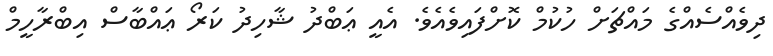
ދިވެއްސެއްގެ މައްޗަށް ހުކުމް ކޮށްފައިވެއެވެ. އެއީ ޢަބްދު ޝާހިދު ކަރޯ ޢައްބާސް އިބްރާހީމް